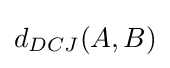
d_{DCJ}(A,B)